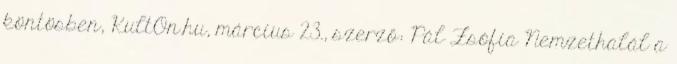
köntösben, KultOn.hu, március 23., szerző: Pál Zsófia Nemzethalál a